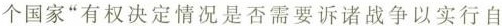
个国家“有权决定情况是否需要诉诸战争以实行自